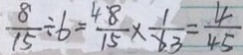
\frac { 8 } { 1 5 } \div 6 = \frac { 4 8 } { 1 5 } \times \frac { 1 } { 6 3 } = \frac { 4 } { 4 5 }